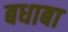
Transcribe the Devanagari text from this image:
बधाबा